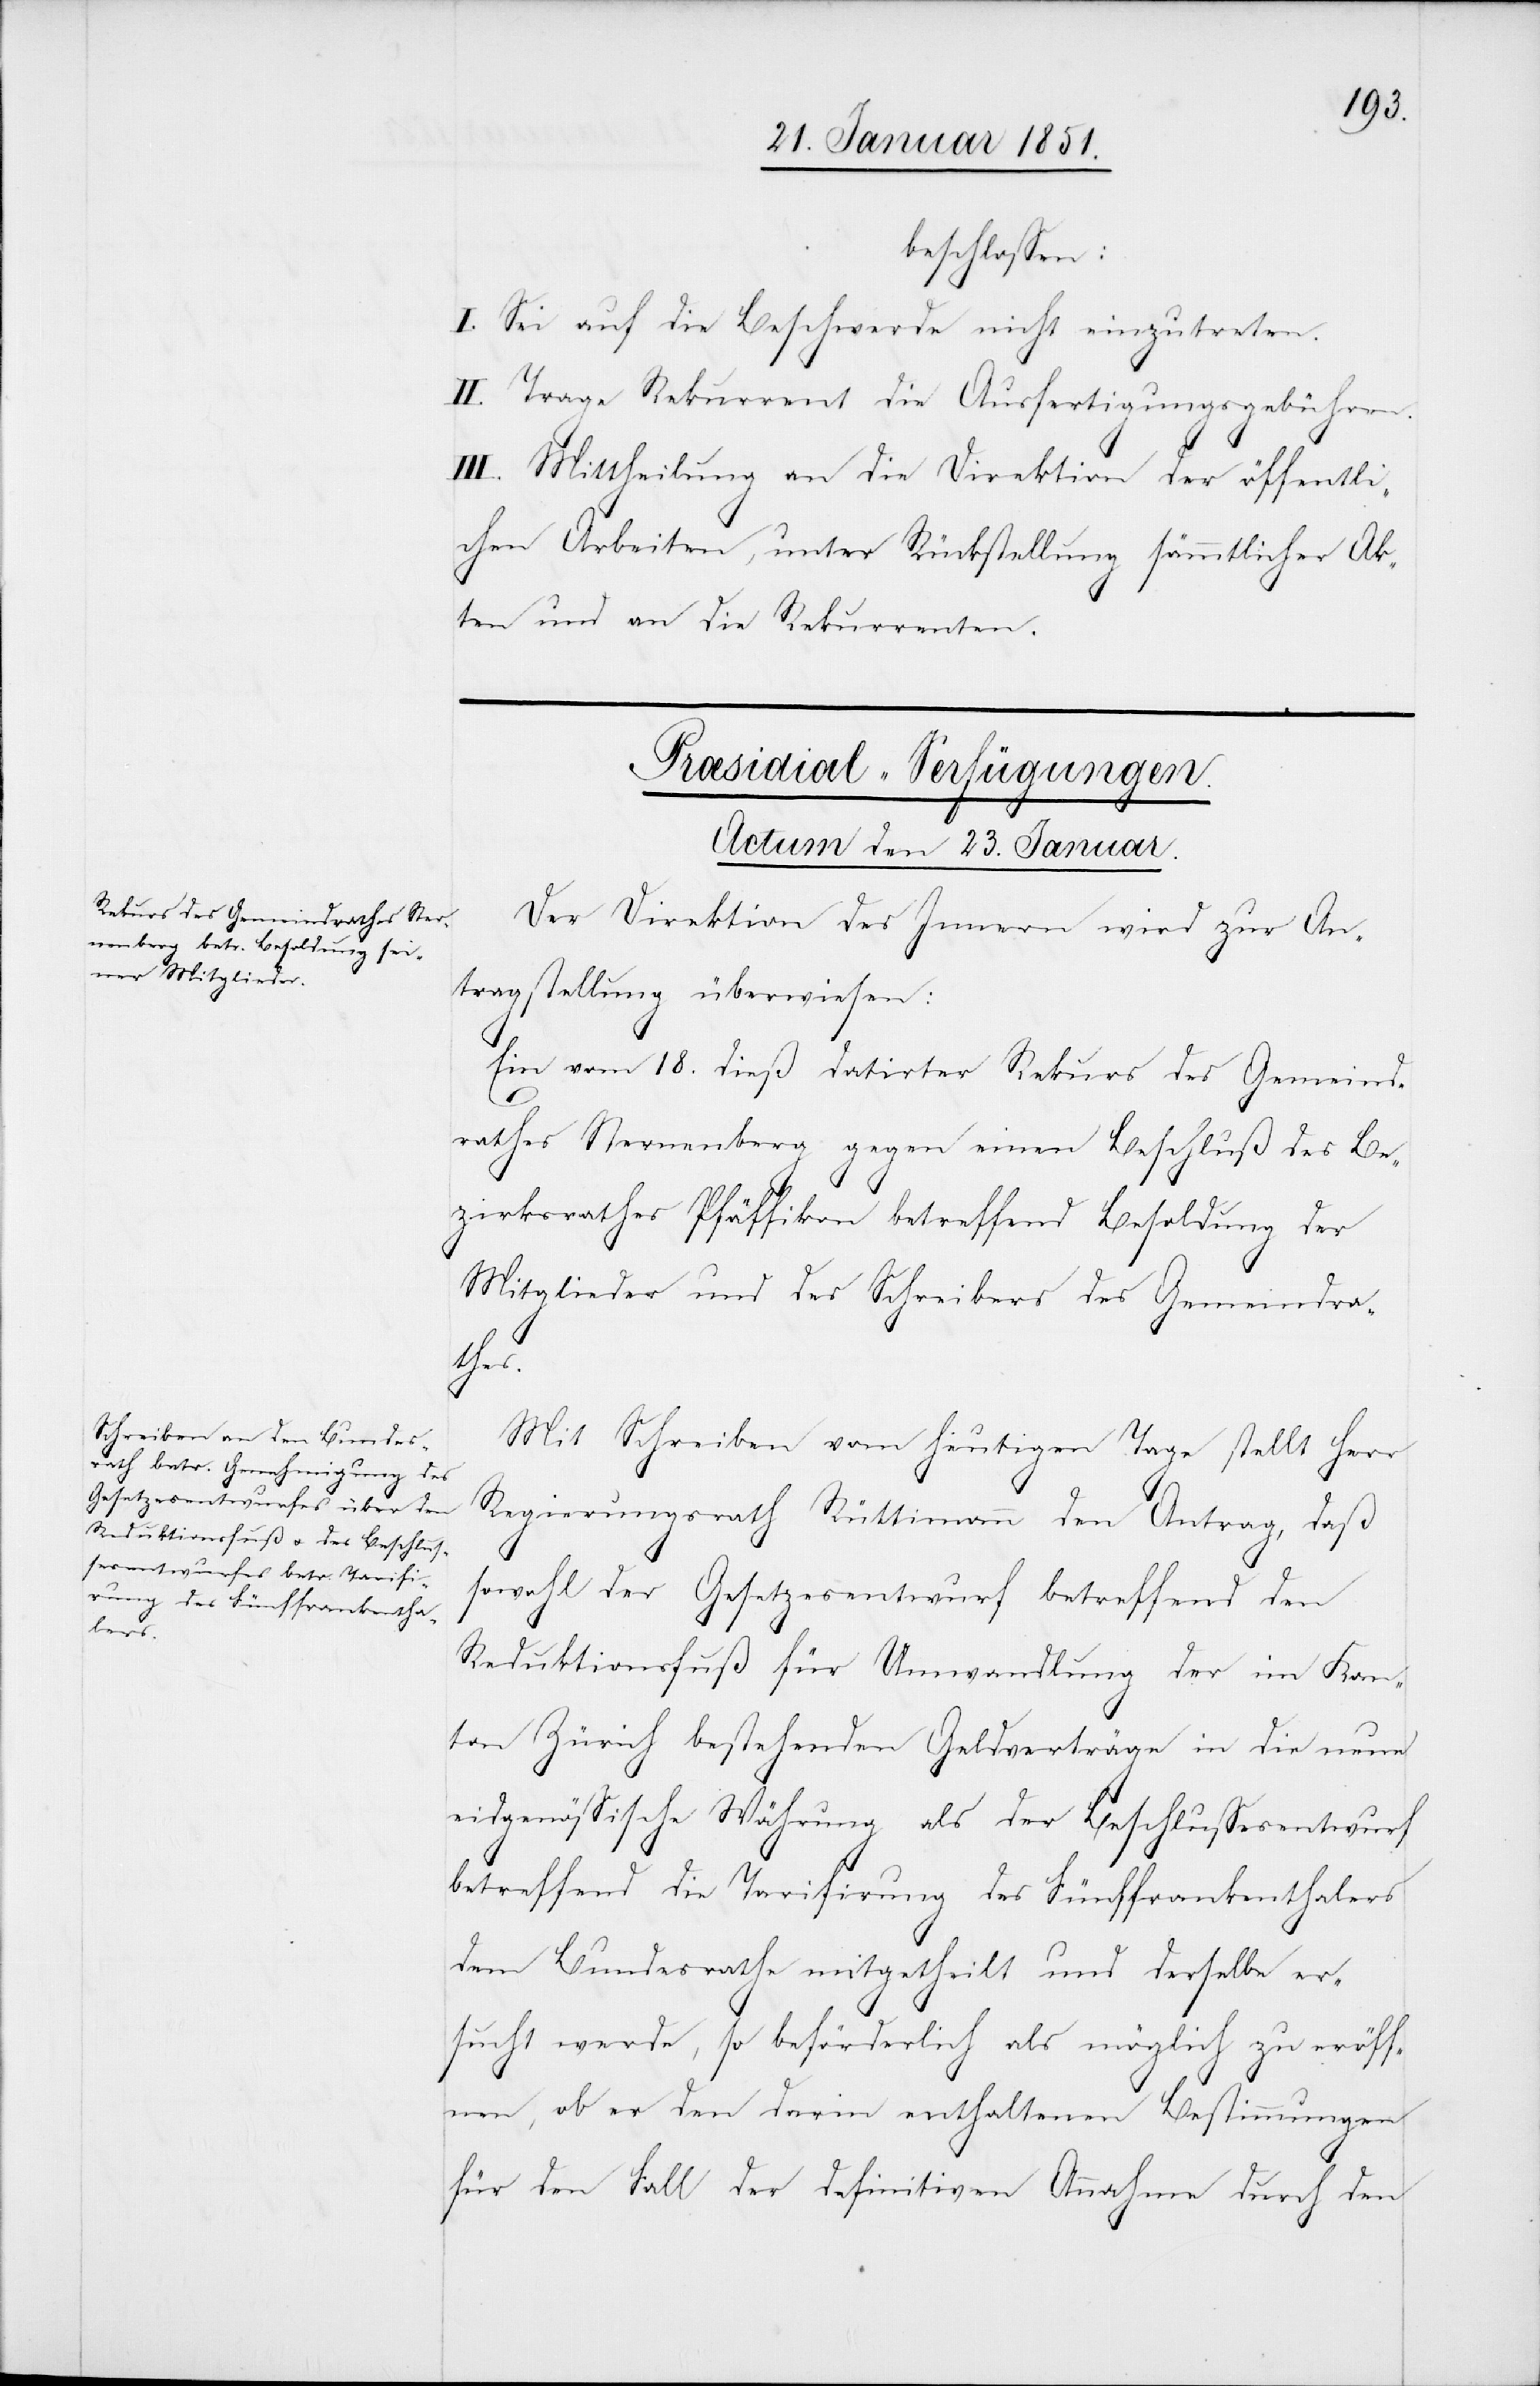
beschlossen:
I. Sei auf die Beschwerde nicht einzutreten.
II. Trage Rekurrent die Ausfertigungsgebühren.
III. Mittheilung an die Direktion der öffentli¬
chen Arbeiten, unter Rückstellung sämmtlicher Ak¬
ten und an die Rekurrenten.
[Præsidial-Verfügungen.
Actum den 23. Januar.]
Der Direktion des Innern wird zur An¬
tragstellung überwiesen:
Ein vom 18. dieß datirter Rekurs des Gemeind¬
rathes Sternenberg gegen einen Beschluß des Be¬
zirksrathes Pfäffikon betreffend Besoldung der
Mitglieder und des Schreibers des Gemeindra¬
thes.
Mit Schreiben vom heutigen Tage stellt Herr
Regierungsrath Rüttimann den Antrag, daß
sowohl der Gesetzesentwurf betreffend den
Reduktionsfuß für Umwandlung der im Kan¬
ton Zürich bestehenden Geldverträge in die neue
eidgenössische Währung als der Beschlussesentwurf
betreffend die Tarifirung des Fünffrankenthalers
dem Bundesrathe mitgetheilt und derselbe er¬
sucht werde, so beförderlich als möglich zu eröff¬
nen, ob er den darin enthaltenen Bestimmungen
für den Fall der definitiven Annahme durch den